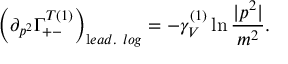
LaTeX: \left( \partial _ { p ^ { 2 } } \Gamma _ { + - } ^ { T ( 1 ) } \right) _ { \mathrm l e a d . \ l o g } = - \gamma _ { V } ^ { ( 1 ) } \ln \frac { | p ^ { 2 } | } { m ^ { 2 } } .